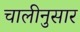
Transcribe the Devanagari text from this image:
चालीनुसार